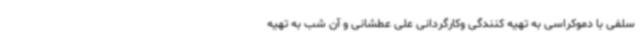
سلفی با دموکراسی به تهیه کنندگی وکارگردانی علی عطشانی و آن شب به تهیه